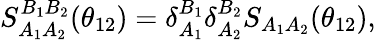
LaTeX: S_{A_{1}A_{2}}^{B_{1}B_{2}}(\theta_{12})=\delta_{A_{1}}^{B_{1}}\delta_{A_{2}}^{B_{2}}S_{A_{1}A_{2}}(\theta_{12}),